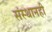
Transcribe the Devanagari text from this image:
संस्थानही